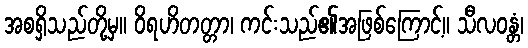
အစရှိသည်တို့မှ။ ဝိရဟိတတ္တာ၊ ကင်းသည်၏အဖြစ်ကြောင့်။ သီလဝန္တံ၊